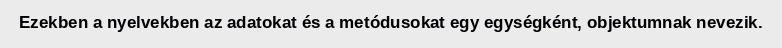
Ezekben a nyelvekben az adatokat és a metódusokat egy egységként, objektumnak nevezik.